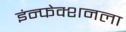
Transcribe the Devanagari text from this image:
इंन्फेक्शनला